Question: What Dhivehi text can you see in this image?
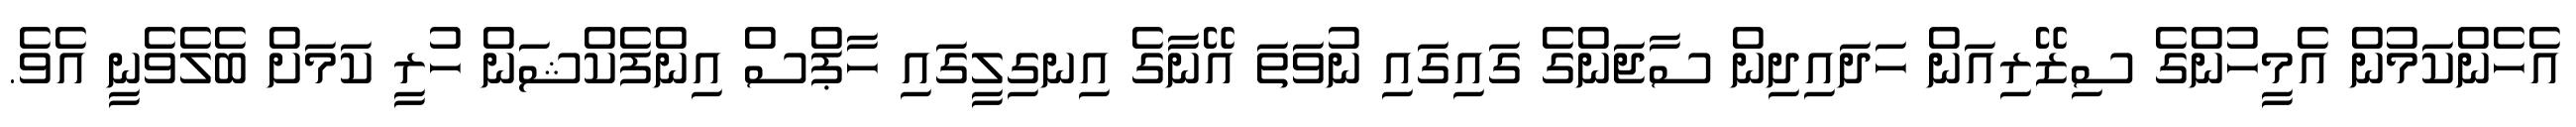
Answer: އެހެންކަމުން އެމީހުންގެ ސިޒޭރިއަން ހަދައިދިން ސާޖަންގެ ގައިގައި ނުވަތަ އޭނާގެ އިނގިލީގައި ހާޕްސް އިންފެކްޝަން ހުރީ ކަމަށް ބެލެވެނީ އެވެ.